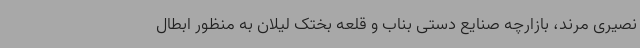
نصیری مرند، بازارچه صنایع دستی بناب و قلعه بختک لیلان به منظور ابطال